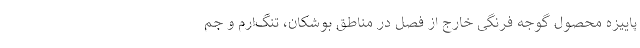
پاییزه محصول گوجه فرنگی خارج از فصل در مناطق بوشکان، تنگ‌ارم و جم